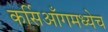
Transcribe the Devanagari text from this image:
कर्सिआँगमध्येच